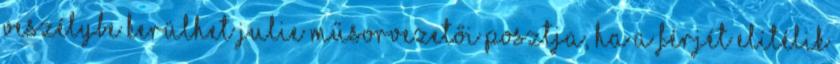
veszélybe kerülhet Julie műsorvezetői posztja, ha a férjét elítélik